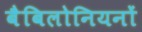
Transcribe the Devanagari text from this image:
बैबिलोनियनों